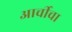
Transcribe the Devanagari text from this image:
आर्चीचा